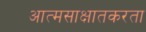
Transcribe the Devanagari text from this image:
आत्मसाक्षातकरता